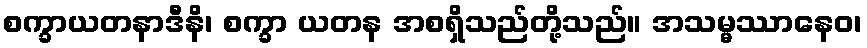
စက္ခာယတနာဒီနိ၊ စက္ခာ ယတန အစရှိသည်တို့သည်။ အသမ္မဿာနေဝ၊